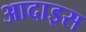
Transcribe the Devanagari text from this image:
आदाइस